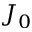
J _ { 0 }